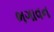
ભગાવન